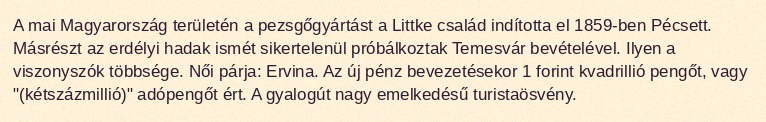
A mai Magyarország területén a pezsgőgyártást a Littke család indította el 1859-ben Pécsett. Másrészt az erdélyi hadak ismét sikertelenül próbálkoztak Temesvár bevételével. Ilyen a viszonyszók többsége. Női párja: Ervina. Az új pénz bevezetésekor 1 forint kvadrillió pengőt, vagy "(kétszázmillió)" adópengőt ért. A gyalogút nagy emelkedésű turistaösvény.